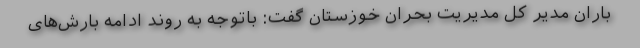
باران مدیر کل مدیریت بحران خوزستان گفت: باتوجه به روند ادامه بارش‌های